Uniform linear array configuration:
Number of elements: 32
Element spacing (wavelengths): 0.25
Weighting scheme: uniform
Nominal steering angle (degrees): -30
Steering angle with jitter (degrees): -30.692
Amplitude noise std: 0.05
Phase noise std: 0.05

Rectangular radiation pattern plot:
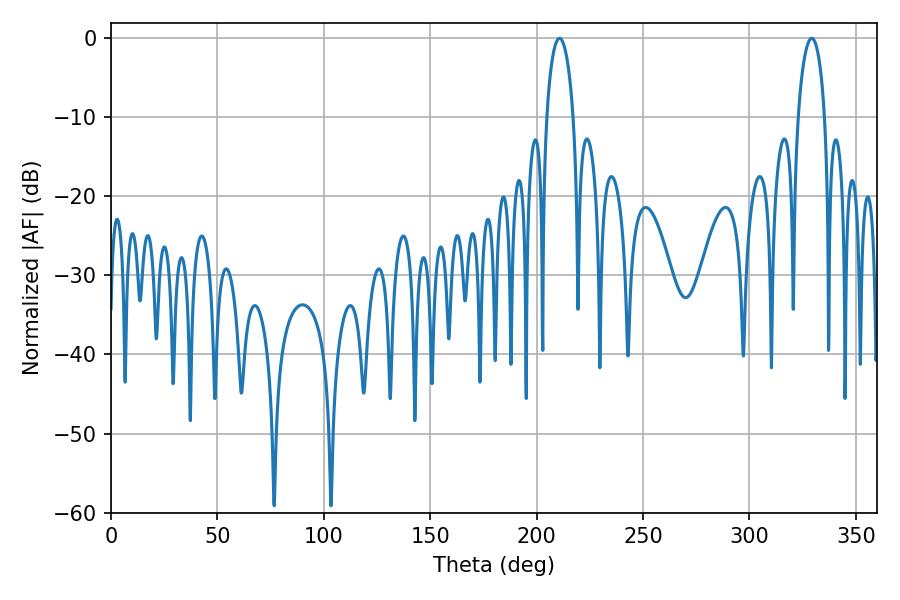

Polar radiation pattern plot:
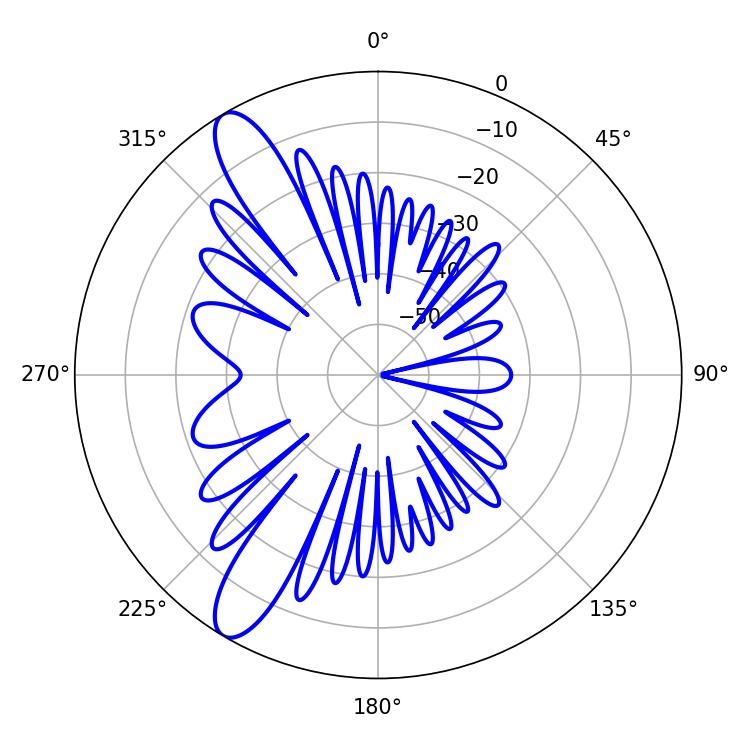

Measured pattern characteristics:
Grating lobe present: FALSE
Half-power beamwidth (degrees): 7.2
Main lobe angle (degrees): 210.78